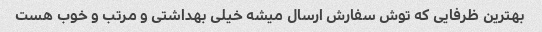
بهترین ظرفایی که توش سفارش ارسال میشه خیلی بهداشتی و مرتب و خوب هست